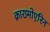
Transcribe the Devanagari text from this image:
क़ारामोएरिन